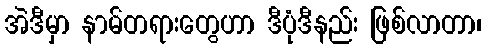
အဲဒီမှာ နာမ်တရားတွေဟာ ဒီပုံဒီနည်း ဖြစ်လာတာ၊